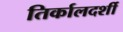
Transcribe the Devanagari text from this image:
तिर्कालदर्शी